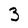
Character: 3